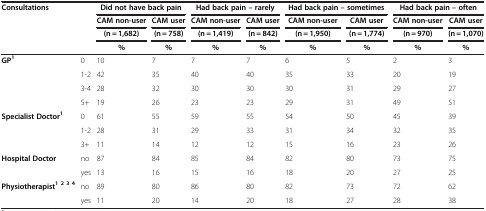
| <COLSPAN=2> Consultations | <COLSPAN=2> Did not have back pain | <COLSPAN=2> Had back pain – rarely | <COLSPAN=2> Had back pain – sometimes | <COLSPAN=2> Had back pain – often |
 | <COLSPAN=2>  | CAM non-user | CAM user | CAM non-user | CAM user | CAM non-user | CAM user | CAM non-user | CAM user |
 | <COLSPAN=2>  | (n = 1,682) | (n = 758) | (n = 1,419) | (n = 842) | (n = 1,950) | (n = 1,774) | (n = 970) | (n = 1,070) |
 | <COLSPAN=2>  | % | % | % | % | % | % | % | % |
 | --- | --- | --- | --- | --- | --- | --- | --- | --- | --- |
 | GP1 | 0 | 10 | 7 | 7 | 7 | 6 | 5 | 2 | 3 |
 |  | 1-2 | 42 | 35 | 40 | 40 | 35 | 33 | 20 | 19 |
 |  | 3-4 | 28 | 32 | 30 | 30 | 30 | 31 | 29 | 27 |
 |  | 5+ | 19 | 26 | 23 | 23 | 29 | 31 | 49 | 51 |
 | Specialist Doctor1 | 0 | 61 | 55 | 59 | 55 | 54 | 50 | 45 | 39 |
 |  | 1-2 | 28 | 31 | 29 | 33 | 31 | 34 | 32 | 35 |
 |  | 3+ | 11 | 14 | 12 | 12 | 15 | 16 | 23 | 26 |
 | Hospital Doctor | no | 87 | 84 | 85 | 84 | 82 | 80 | 73 | 75 |
 |  | yes | 13 | 16 | 15 | 16 | 18 | 20 | 27 | 25 |
 | Physiotherapist1 2 3 4 | no | 89 | 80 | 86 | 80 | 82 | 73 | 72 | 62 |
 |  | yes | 11 | 20 | 14 | 20 | 18 | 27 | 28 | 38 |